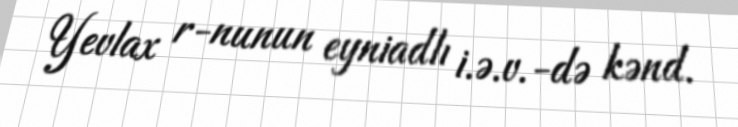
Yevlax r-nunun eyniadlı i.ə.v.-də kənd.